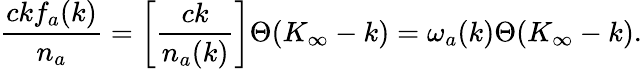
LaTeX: {\frac{ckf_{a}(k)}{n_{a}}}=\left[{\frac{ck}{n_{a}(k)}}\right]\Theta(K_{\infty}-k)=\omega_{a}(k)\Theta(K_{\infty}-k).